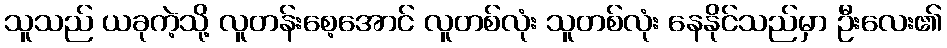
သူသည် ယခုကဲ့သို့ လူတန်းစေ့အောင် လူတစ်လုံး သူတစ်လုံး နေနိုင်သည်မှာ ဦးလေး၏